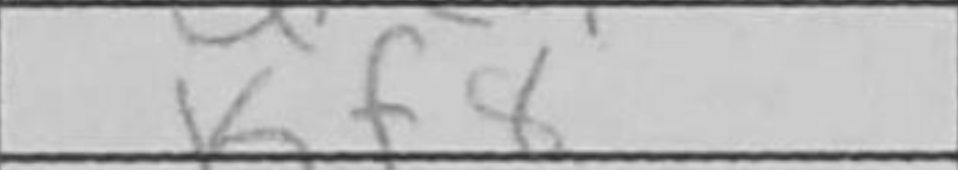
Transcription: Kf8